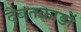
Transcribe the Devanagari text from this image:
दैबतकाडों